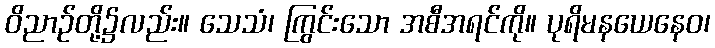
ဝိညာဉ်တို့၌လည်း။ သေသံ၊ ကြွင်းသော အစီအရင်ကို။ ပုရိမနယေနေဝ၊